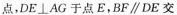
点，DE⊥AG于点E，BF//DE交